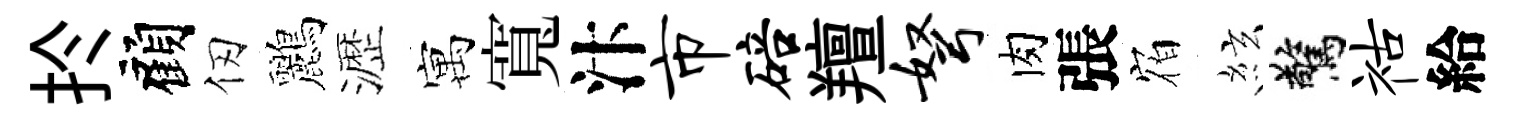
扵顧仞鸝瀝寓寬汴市碚羶弩肉張𪧐絃驚祜給